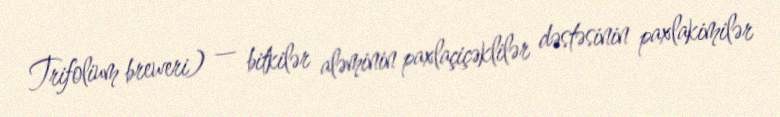
Trifolium breweri) — bitkilər aləminin paxlaçiçəklilər dəstəsinin paxlakimilər